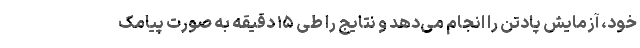
خود، آزمایش پادتن را انجام می‌دهد و نتایج را طی ۱۵ دقیقه به صورت پیامک